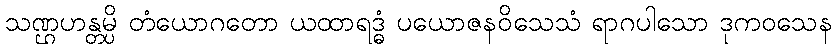
သဏ္ဌဟန္တမ္ပိ တံယောဂတော ယထာရဒ္ဓံ ပယောဇနဝိသေသံ ရာဂပါသော ဒုကဝသေန